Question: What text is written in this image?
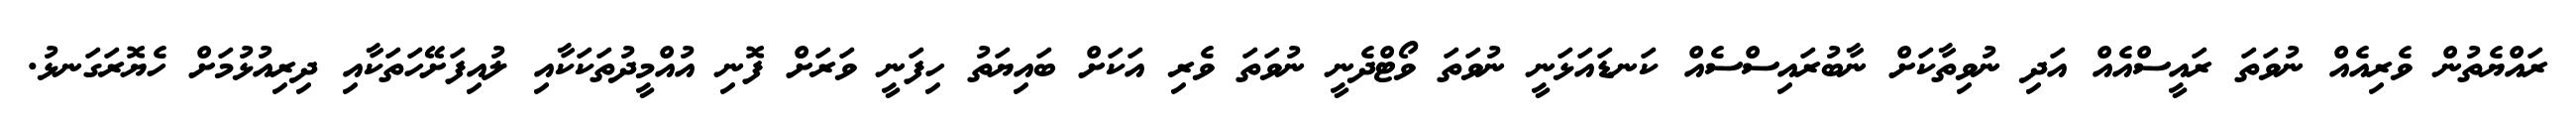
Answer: ރައްޔެތުން ވެރިއެއް ނުވަތަ ރައީސްއެއް އަދި ނުވިތާކަށް ނާބުރައިސްސެއް ކަނޑައަޅަނީ ނުވަތަ ވޯޓްދެނީ ނުވަތަ ވެރި އަކަށް ބައިޔަތު ހިފަނީ ވަރަށް ފޮނި އުއްމީދުތަކަކާއި ލުއިފަށޭހަތަކާއި ދިރިއުޅުމަށް ހެޔޮރަގަނޅު.